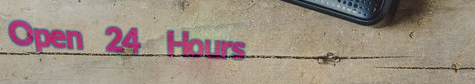
Open 24 Hours